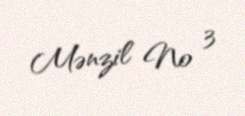
Mənzil № 3